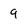
Character: 9